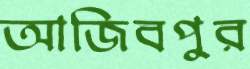
আজিবপুর